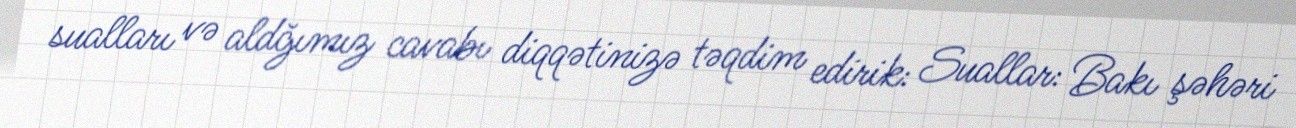
sualları və aldğımız cavabı diqqətinizə təqdim edirik: Suallar: Bakı şəhəri